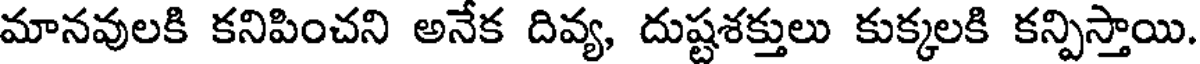
మానవులకి కనిపించని అనేక దివ్య, దుష్టశక్తులు కుక్కలకి కన్పిస్తాయి.